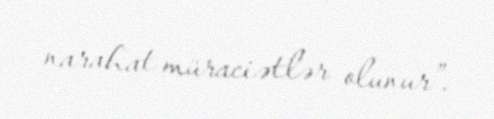
narahat müraciətlər olunur”.